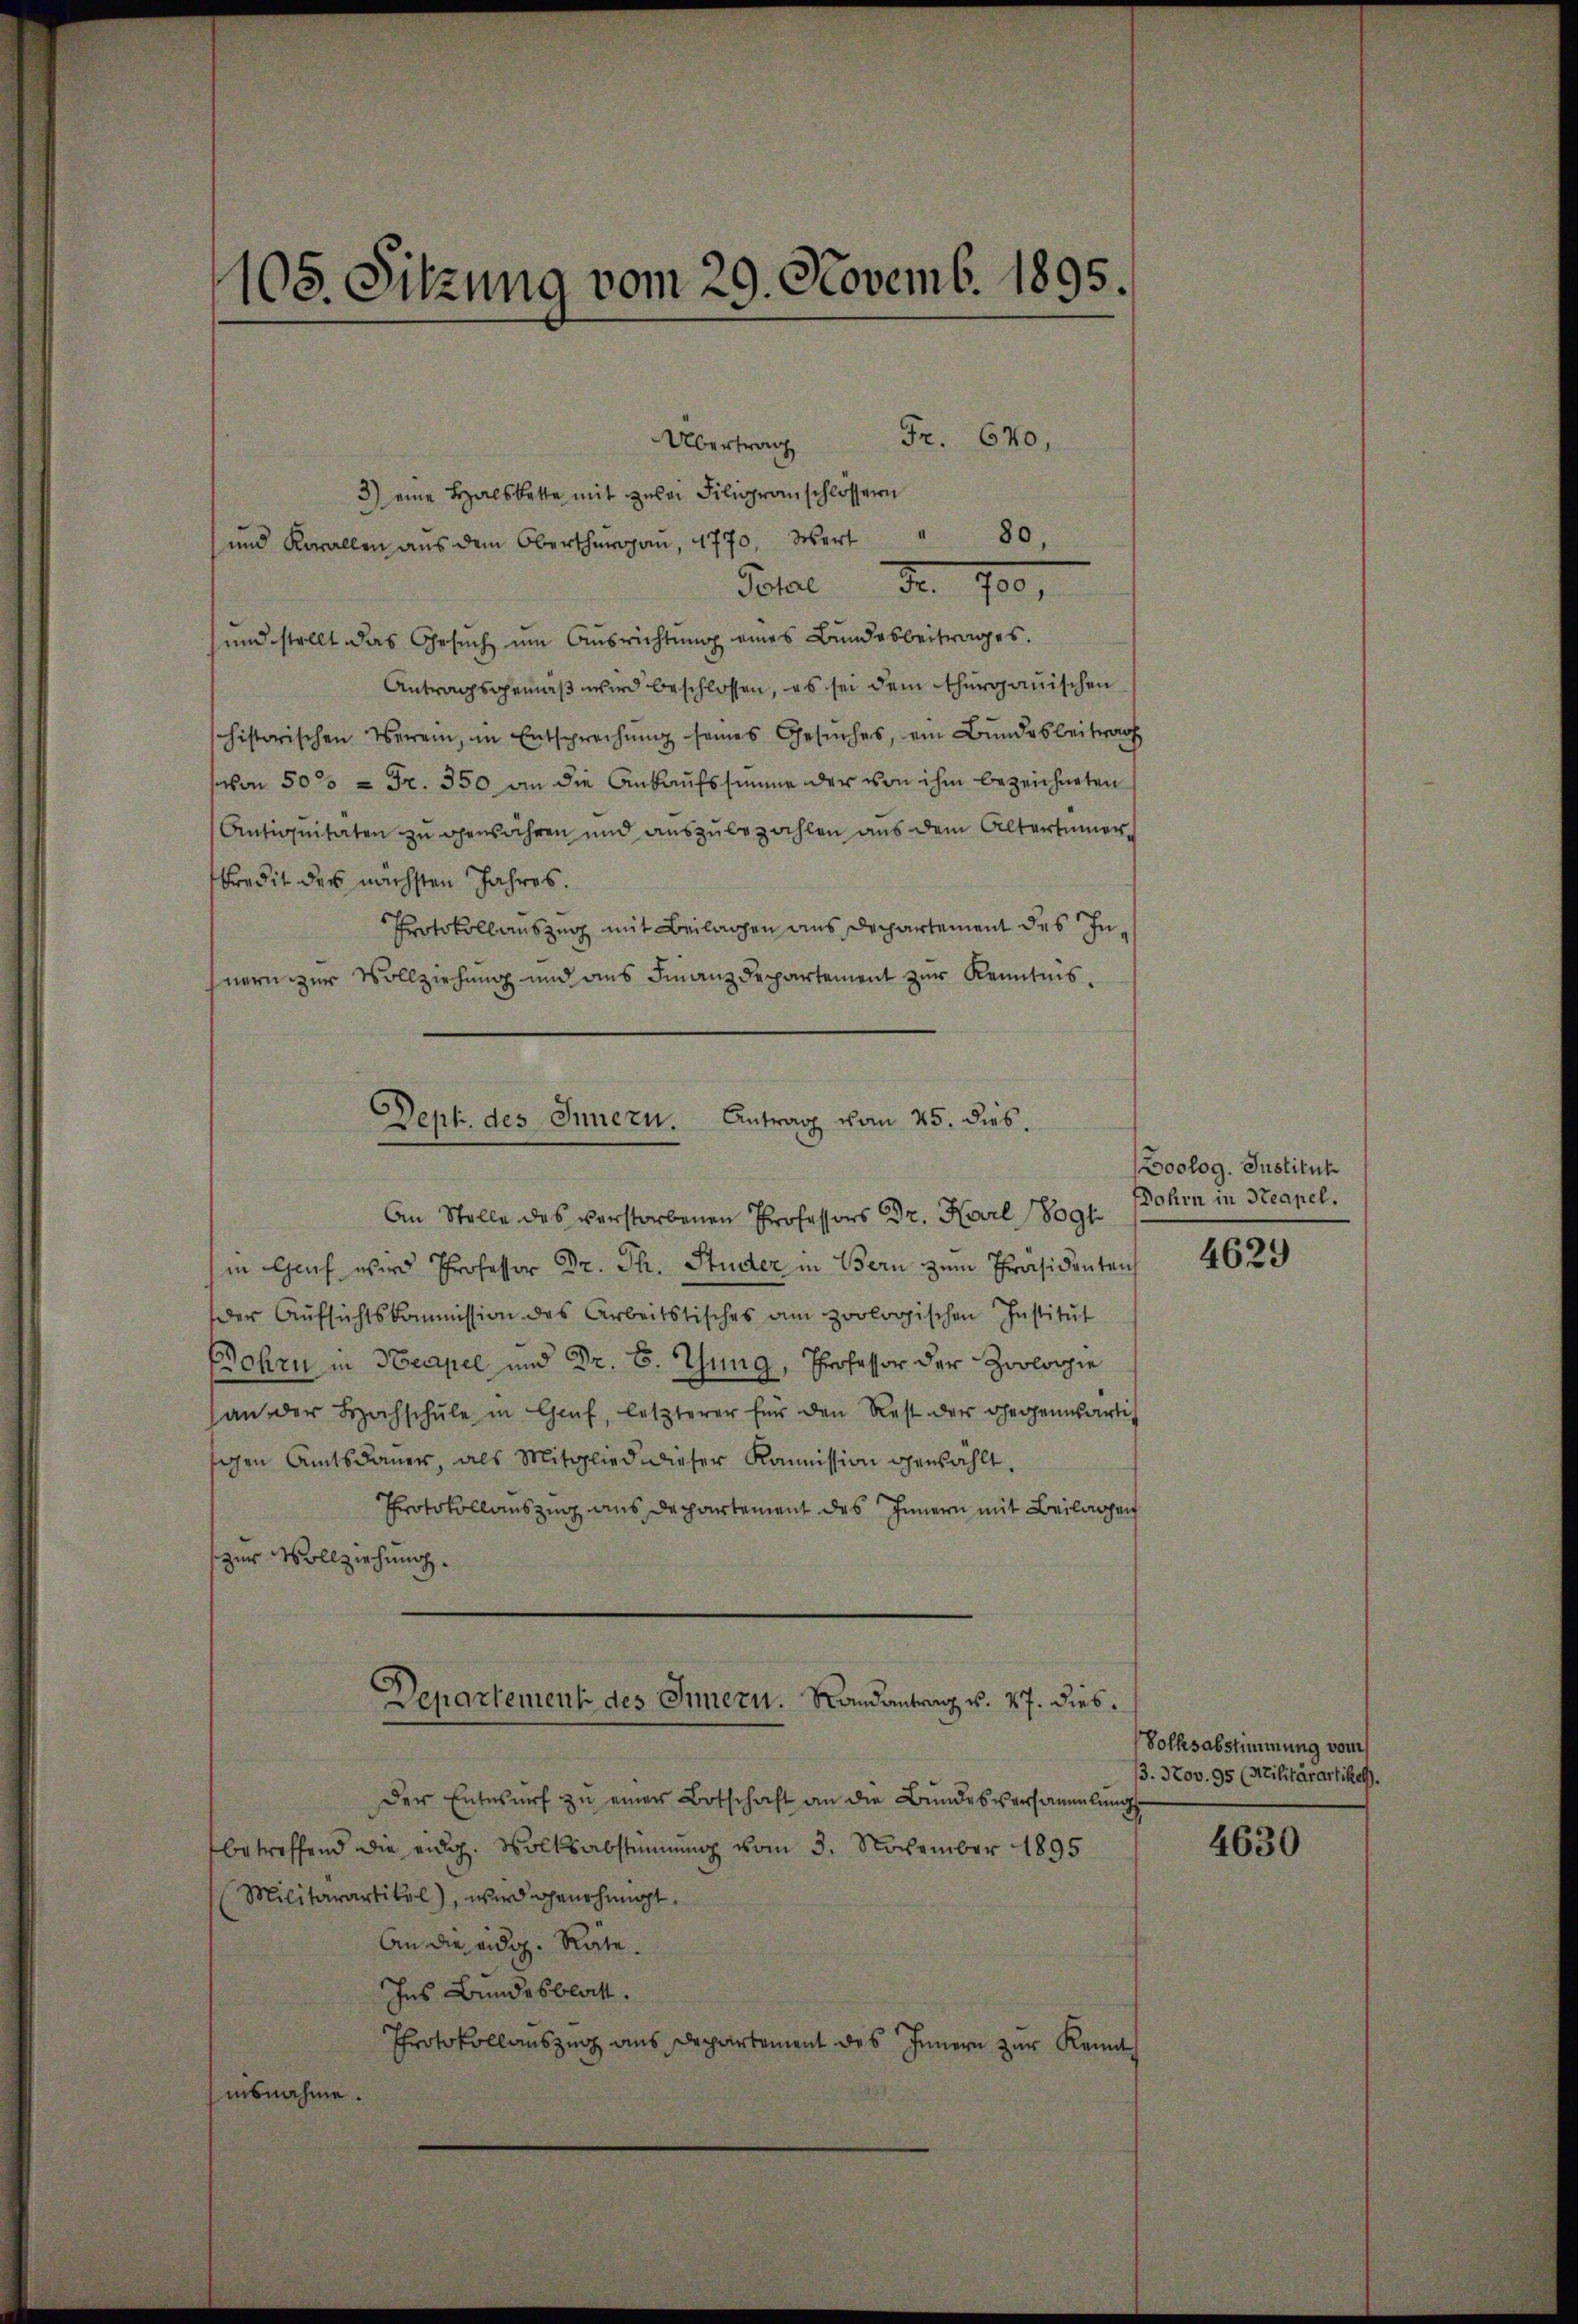
105. Sitzung vom 29. Novemb. 1895.

Fr. 670,
Übertrag
3) eine Halskette mit zwei Filigranschlossern
d
80,
und Korallen aus dem Oberthurgau, 1770, Wert
Peter Fr. 100,
und stellt das Gesuch um Ausrichtung eines Bundesbeitrages.
Antragsgemäß wird beschlossen, es sei dem thurgauischen
historischen Verein, in Entsprechŭng seines Gesŭches, ein Bŭndesbeitrag
von 50% = Fr. 350 an die Ankaufssumme der von ihm bezeichneten
Antignitaten zu genähren und auszubezahlen aus dem Altertümer
kredit der nächsten Jahres.
Protokoll auszug mit Beilagen aus Departement des Inhnern zur Vollziehung und aus Finanzdepartement zur Kenntnisin Geif wird Professor Dr. Th. Studer in Bern zŭm Präsidenten
der Aŭfsichtskommission des Arbeitstisches am zoologischen Institŭt
Sohrn in Neapel und Dr. B. Thung, Professor der Zoologie
an der Hochschŭle in Genf, letzterer für den Rest der gegenwärtig
gen Amtsdauer, als Mitglied dieser Kommission gewählt.
Protokollauszug aus Departement des Innern mit Beilagen
zur Vollziehung.
Departement des Innern. Randantrag v. 27. dies¬
Der Entwurf zu einer Botschaft an die Bundesversammlung
betreffend die eidg. Volksabstimmung vom 3. November 1895
Militarartikel), wird genehmigt.
An die eidg. Räte.
Ins Bundesblatt.
Protokollauszug aus Departement des Innern zur Kenntnisnahme.

Dept. des Innern. Antrag vom 25. dies.
An Stelle des verstorbenen Professors Dr. Karl 18091

Boolog. Justitut
Dohrn in Neapel.

4629

Volksabstimmung vom
13. Nov. 95 (Stilitärartikel.

4630